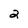
Character: 2